Annual vaccination report of Bihar and Orissa - 1911-1928
Year: 1911
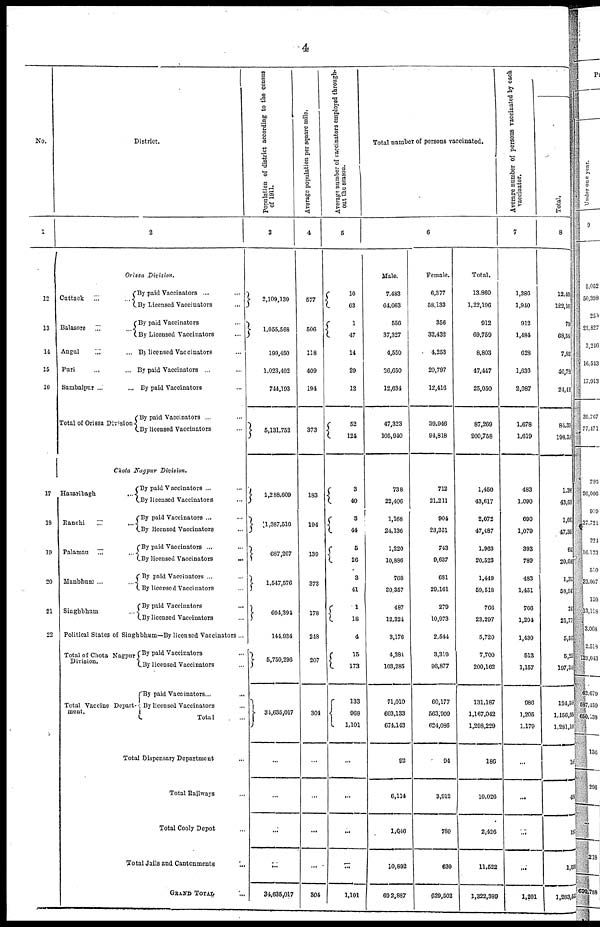
4
No.
1
12
13
14
15
16
17
18
19
20
21
22
District.
2
Orissa Division.
Cuttack ...
...
Balasore ... ...
Angul ... ...
Pari ... ...
Sambalpur ...
Total of Orissa Division
By paid Vaccinators ... ...
By Licensed Vaccinators ...
By paid Vaccinators ...
By Licensed Vaccinators ...
By licensed Vaccinators ...
By paid Vaccinators ... ...
By paid Vaccinators ...
By paid Vaccinators ... ...
By licensed Vaccinators ...
Chota Nagpur Division.
Hazaribagh
...
Ranchi ... ...
Palamau ... ...
Manbhum ... ...
Singhbhum ...
By paid Vaccinators ... ...
By licensed Vaccinators ...
By paid Vaccinators ... ...
By licensed Vaccinators ...
By paid Vaccinators ... ...
By licensed Vaccinators
By paid Vaccinators ... ...
By licensed Vaccinators ...
By paid Vaccinators ...
By licensed Vaccinators ...
Political States of Singhbhum—By licensed Vaccinators ...
Total of Chota Nagpur
Division.
Total Vaccine Depart-
ment.
By paid Vaccinators ...
By licensed Vaccinators ...
By paid Vaccinators...
By licensed Vaccinators ...
Total ...
Total Dispensary Department ...
Total Railways ...
Total Cooly Depôt ...
Total Jails and Cantonments
...
GRAND TOTAL
...
Population of district according to the census
of 1911.
3
2,109,139
1,055,568
109,450
1,023,402
744,103
5,131,752
1,288,609
1,387,516
687,267
1,547,576
604,391
144,934
5,750,296
34,635,017
...
...
...
...
34,635,017
Average population per square mile.
4
577
506
118
409
194
373
183
194
139
373
178
248
207
304
...
...
...
...
804
Average number of vaccinators employed through-
out the season.
6
10
63
1
47
14
29
12
52
124
3
40
3
44
5
26
3
41
1
18
4
15
173
133
968
1,101
...
...
...
...
1,101
Total number of persons vaccinated.
6
Male.
7,483
64,063
556
37,327
4,550
26,650
12,634
47,323
105,940
738
22,406
1,168
24,136
1,220
10,886
768
30,357
487
12,324
3,176
4,381
103,285
71,010
603,133
674,143
92
6,114
1,646
10,892
692,887
Female.
6,377
58,133
356
32,432
4,253
20,797
12,416
39,946
94,818
712
21,211
904
23,351
743
9,637
681
29,161
279
10,073
2,544
3,310
96,877
60,177
563,009
624,086
94
3,912
780
630
629,502
Total.
13,860
1,22,196
912
69,750
8,803
47,447
25,050
87,269
200,758
1,450
43,617
2,072
47,487
1,963
20,523
1,449
59,518
706
23,297
5,720
7,700
200,162
131,187
1,167,042
1,208,229
186
10,026
2,426
11,522
1,322,389
Average number of persons vaccinated by each
vaccinator.
7
1,386
1,940
912
1,484
628
1,636
2,087
1,678
1,619
483
1,090
690
1,079
393
780
483
1,451
766
1,294
1,430
513
1,157
986
1,205
1,179
...
...
...
...
1,201
Total.
8
12,401
122,104
794
68,55
7,852
46,724
24,416
84,335
198,525
1,395
43,605
1,66
47,391
65
20,04
1,312
58,941
24
21,77
5,58
5,25
197,34
124,50
1,156,58
1,281,10
18
481
18
1,524
1,283,58